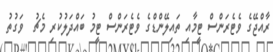
ރާއްޖޭގެ ވެޓެރަންސް ޓީމާއި ތައިލޭންޑްގެ ވެޓެރަންސް ޓީމު ބައްދަލުކުރި މެޗު  ވަގުތު